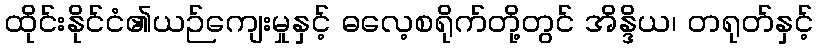
ထိုင်းနိုင်ငံ၏ယဉ်ကျေးမှုနှင့် ဓလေ့စရိုက်တို့တွင် အိန္ဒိယ၊ တရုတ်နှင့်